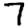
Digit: 7